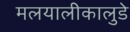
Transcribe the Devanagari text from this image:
मलयालीकालुडे